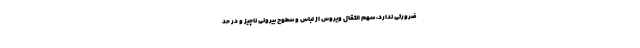
ضرورتی ندارد، سهم انتقال ویروس از لباس و سطوح بیرونی ناچیز و در حد